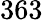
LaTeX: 363